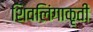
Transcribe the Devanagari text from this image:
शिवलिंगाकृती